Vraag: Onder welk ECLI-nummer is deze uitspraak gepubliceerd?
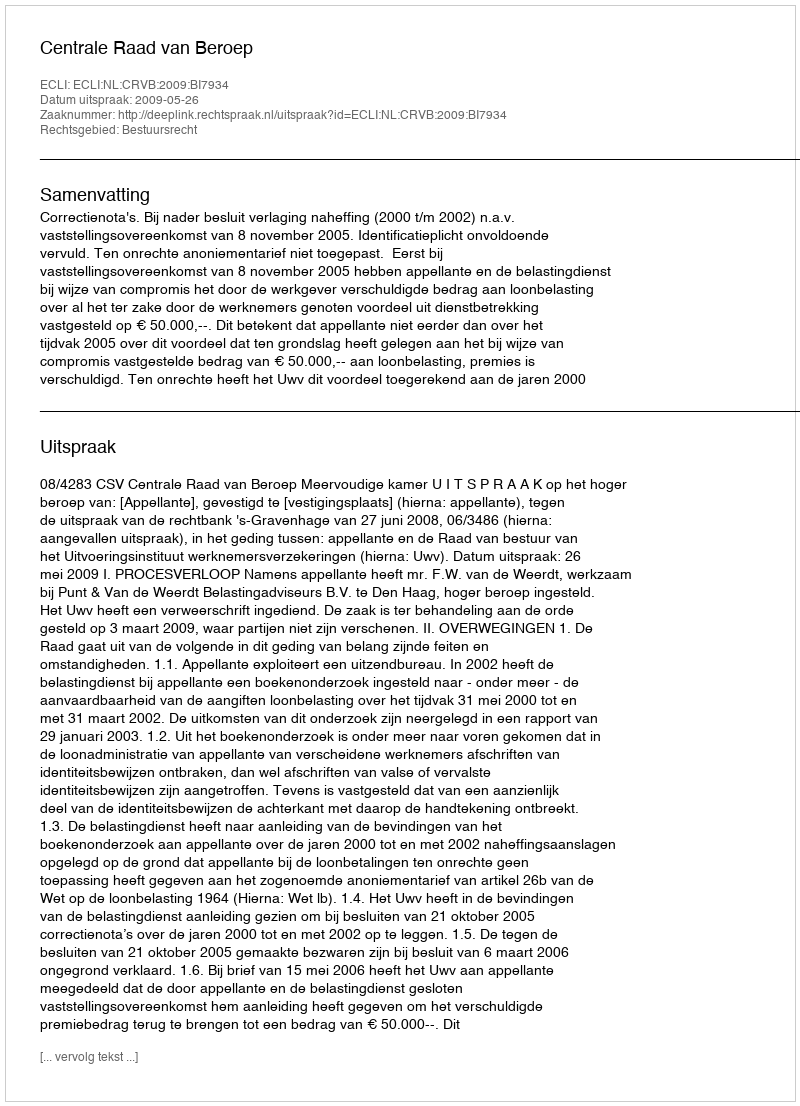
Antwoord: ECLI:NL:CRVB:2009:BI7934